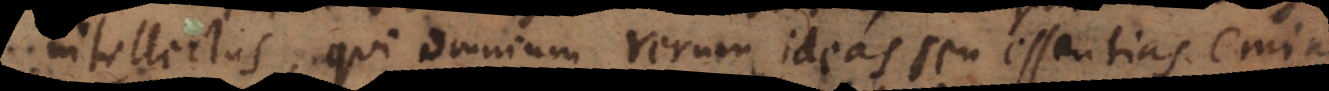
intellectus, qui omnium rerum ideas seu essentias